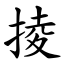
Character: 掕